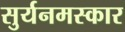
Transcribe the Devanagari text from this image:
सुर्यनमस्कार